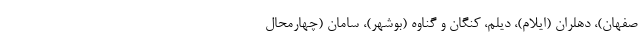
صفهان)، دهلران (ایلام)، دیلم، کنگان و گناوه (بوشهر)، سامان (چهارمحال